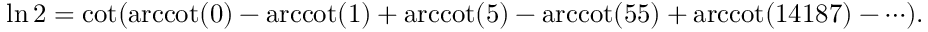
\ln 2 = \cot ( { \operatorname { a r c c o t } ( 0 ) - \operatorname { a r c c o t } ( 1 ) + \operatorname { a r c c o t } ( 5 ) - \operatorname { a r c c o t } ( 5 5 ) + \operatorname { a r c c o t } ( 1 4 1 8 7 ) - \cdots } ) .